画像に写った文字を読んでください
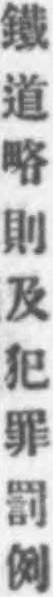
「鐵道略則及犯罪罰例」と書いてあります